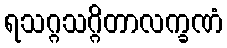
ရသဂ္ဂသဂ္ဂိတာလက္ခဏံ